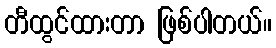
တီထွင်ထားတာ ဖြစ်ပါတယ်။